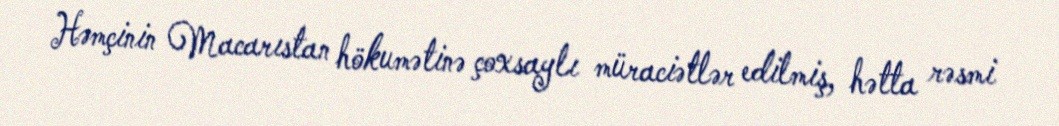
Həmçinin Macarıstan hökumətinə çoxsaylı müraciətlər edilmiş, hətta rəsmi